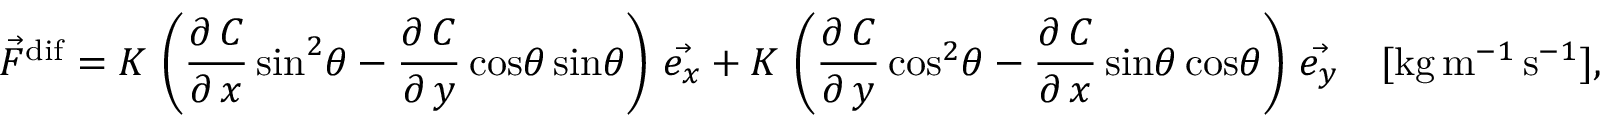
\vec { F } ^ { \mathrm { d i f } } = K \, \left( \frac { \partial \, C } { \partial \, x } \, \mathrm { s i n } ^ { 2 } \theta - \frac { \partial \, C } { \partial \, y } \, \mathrm { c o s } \theta \, \mathrm { s i n } \theta \right) \, \vec { e _ { x } } + K \, \left( \frac { \partial \, C } { \partial \, y } \, \mathrm { c o s } ^ { 2 } \theta - \frac { \partial \, C } { \partial \, x } \, \mathrm { s i n } \theta \, \mathrm { c o s } \theta \right) \, \vec { e _ { y } } \quad [ \mathrm { k g } \, \mathrm { m } ^ { - 1 } \, \mathrm { s } ^ { - 1 } ] ,